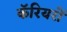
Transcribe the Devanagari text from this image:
कॅरियरों